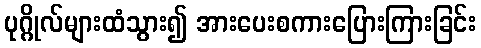
ပုဂ္ဂိုလ်များထံသွား၍ အားပေးစကားပြေားကြားခြင်း